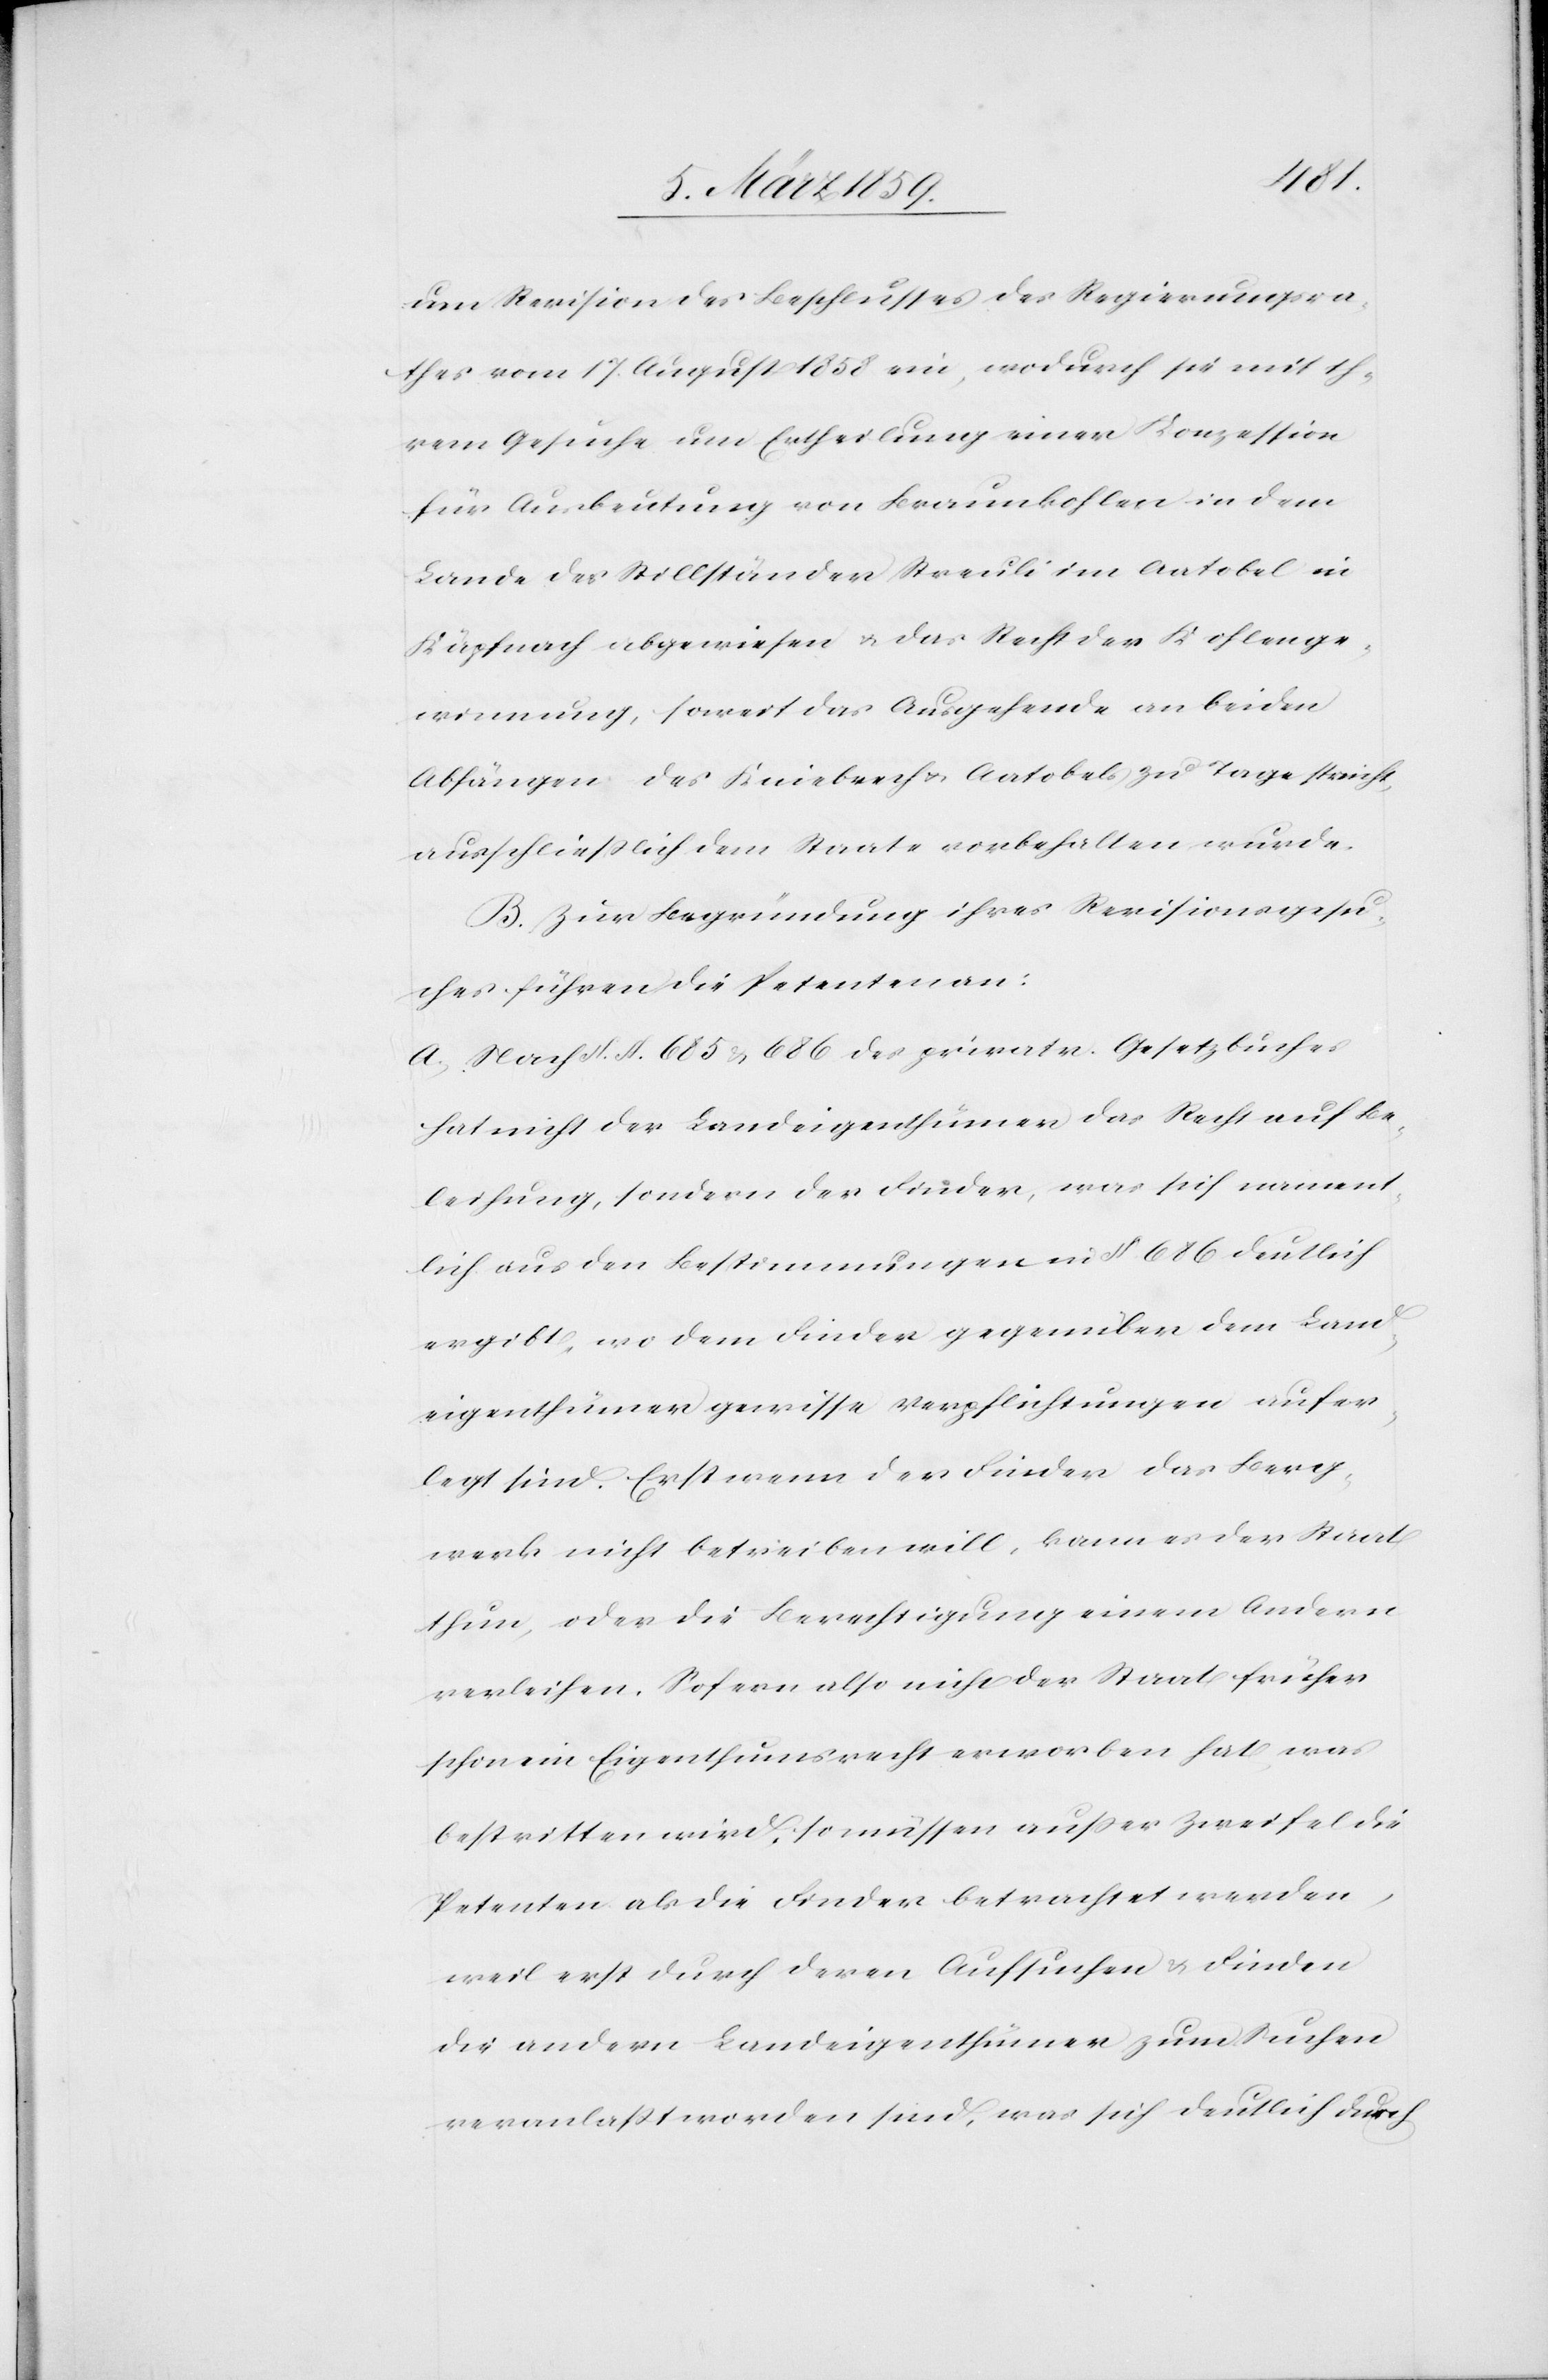
um Revision des Beschlusses des Regierungsra¬
thes vom 17. August 1858 ein, wodurch sie mit ih¬
rem Gesuche um Ertheilung einer Konzession
für Ausbeutung von Braunkohlen in dem
Lande des Stillständer Streuli im Aatobel in
Käpfnach abgewiesen u. das Recht der Kohlenge¬
winnung, soweit das Ausgehende an beiden
Abfängen des Kniebrech u. Aatobels zu Tage streicht,
ausschließlich dem Staate vorbehalten wurde.
B. Zur Begründung ihres Revisionsgesu¬
ches führen die Petenten an:
a) Nach §. §. 685 & 686 des privatr. Gesetzbuches
hat nicht der Landeigenthümer das Recht auf Be¬
leihung, sondern der Finder, was sich nament¬
lich aus den Bestimmungen in §. 686 deutlich
ergibt, wo dem Finder gegenüber dem Land¬
eigenthümer gewisse Verpflichtungen aufer¬
legt sind. Erst wenn der Finder das Berg¬
werk nicht betreiben will, kann es der Staat
thun, oder die Berechtigung einem Andern
verleihen. Sofern also nicht der Staat früher
schon ein Eigenthumsrecht erworben hat, was
bestritten wird, so müssen außer Zweifel die
Petenten als die Finder betrachtet werden,
weil erst durch deren Aufsuchen & Finden
die andern Landeigenthümer zum Suchen
veranlaßt worden sind, was sich deutlich durch